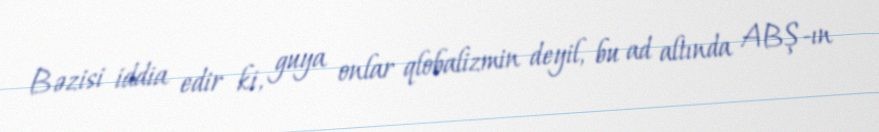
Bəzisi iddia edir ki, guya onlar qlobalizmin deyil, bu ad altında ABŞ-ın